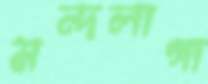
মন্দলাগা